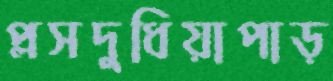
প্লসদুধিয়াপাড়